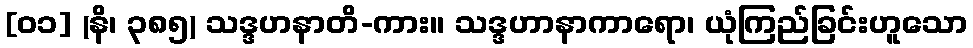
[၀၁] (နိ၊ ၃၈၅) သဒ္ဒဟနာတိ-ကား။ သဒ္ဒဟာနာကာရော၊ ယုံကြည်ခြင်းဟူသော